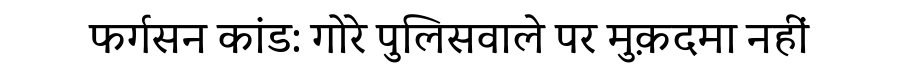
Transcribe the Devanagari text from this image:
फर्गसन कांड: गोरे पुलिसवाले पर मुक़दमा नहीं